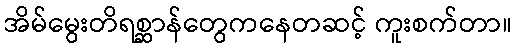
အိမ်မွေးတိရစ္ဆာန်တွေကနေတဆင့် ကူးစက်တာ။